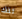
تلك